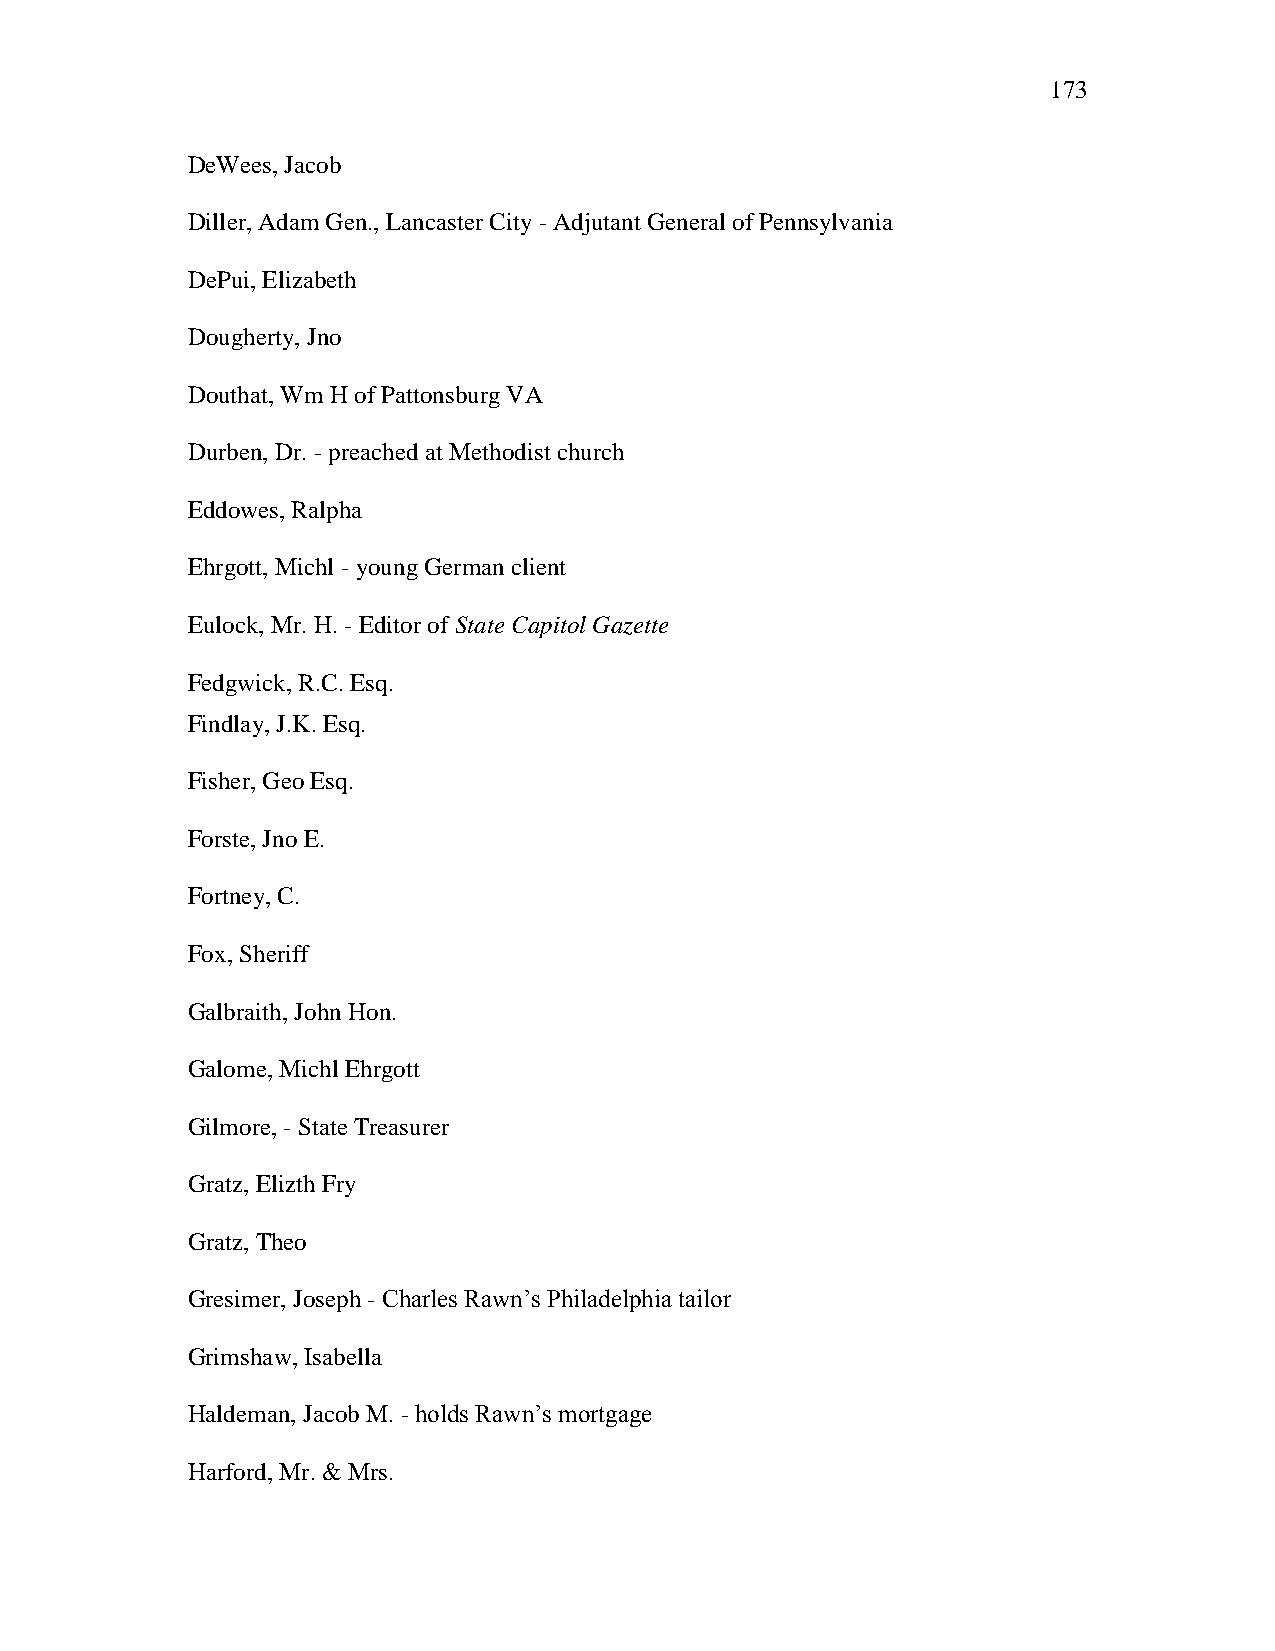
173
 DeWees, Jacob
 Diller, Adam Gen., Lancaster City - Adjutant General of Pennsylvania
 DePui, Elizabeth
 Dougherty, Jno
 Douthat, Wm H of Pattonsburg VA
 Durben, Dr. - preached at Methodist church
 Eddowes, Ralpha
 Ehrgott, Michl - young German client
 Eulock, Mr. H. - Editor of State Capitol Gazette
 Fedgwick, R.C. Esq.
 Findlay, J.K. Esq.
 Fisher, Geo Esq.
 Forste, Jno E.
 Fortney, C.
 Fox, Sheriff
 Galbraith, John Hon.
 Galome, Michl Ehrgott
 Gilmore, - State Treasurer
 Gratz, Elizth Fry
 Gratz, Theo
 Gresimer, Joseph - Charles Rawn‘s Philadelphia tailor
 Grimshaw, Isabella
 Haldeman, Jacob M. - holds Rawn‘s mortgage
 Harford, Mr. & Mrs.